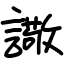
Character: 䜘